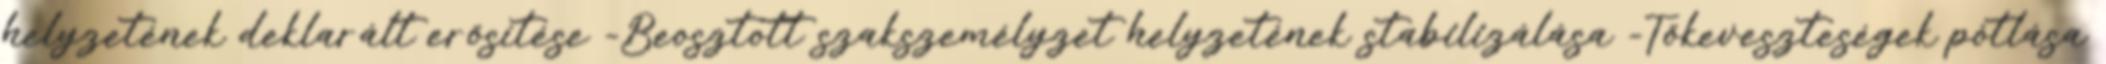
helyzetének deklarált erősítése -Beosztott szakszemélyzet helyzetének stabilizálása -Tőkeveszteségek pótlása